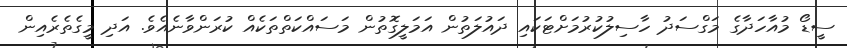
ސީޑޯ މުއާހަދާގެ މަގްސަދު ހާސިލުކުރުމަށްޓަކައި ދައުލަތުން އަމަލީގޮތުން މަސައްކަތްތަކެއް ކުރަންވާނެއެވެ. އަދި މީގެތެރެއިން